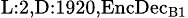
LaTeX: _{\textrm{L}:2,\textrm{D}:1920,\textrm{EncDec}_{\textrm{B}1}}